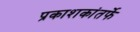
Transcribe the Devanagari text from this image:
प्रकाशकांतर्फे